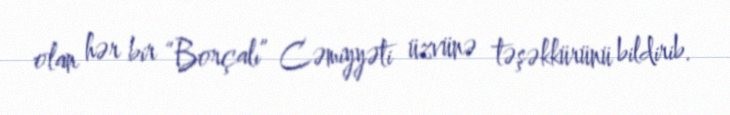
olan hər bir “Borçalı” Cəmiyyəti üzvünə təşəkkürünü bildirib.